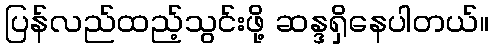
ပြန်လည်ထည့်သွင်းဖို့ ဆန္ဒရှိနေပါတယ်။